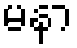
မနာ